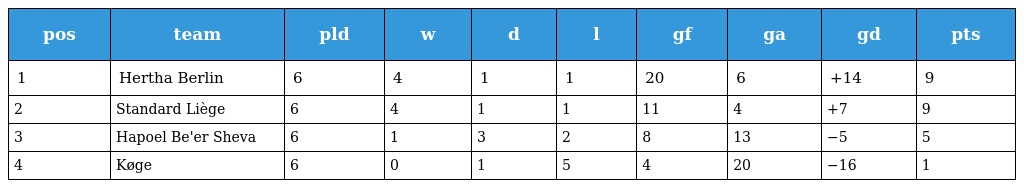
| pos | team | pld | w | d | l | gf | ga | gd | pts |
 | --- | --- | --- | --- | --- | --- | --- | --- | --- | --- |
 | 1 | Hertha Berlin | 6 | 4 | 1 | 1 | 20 | 6 | +14 | 9 |
 | 2 | Standard Liège | 6 | 4 | 1 | 1 | 11 | 4 | +7 | 9 |
 | 3 | Hapoel Be'er Sheva | 6 | 1 | 3 | 2 | 8 | 13 | −5 | 5 |
 | 4 | Køge | 6 | 0 | 1 | 5 | 4 | 20 | −16 | 1 |